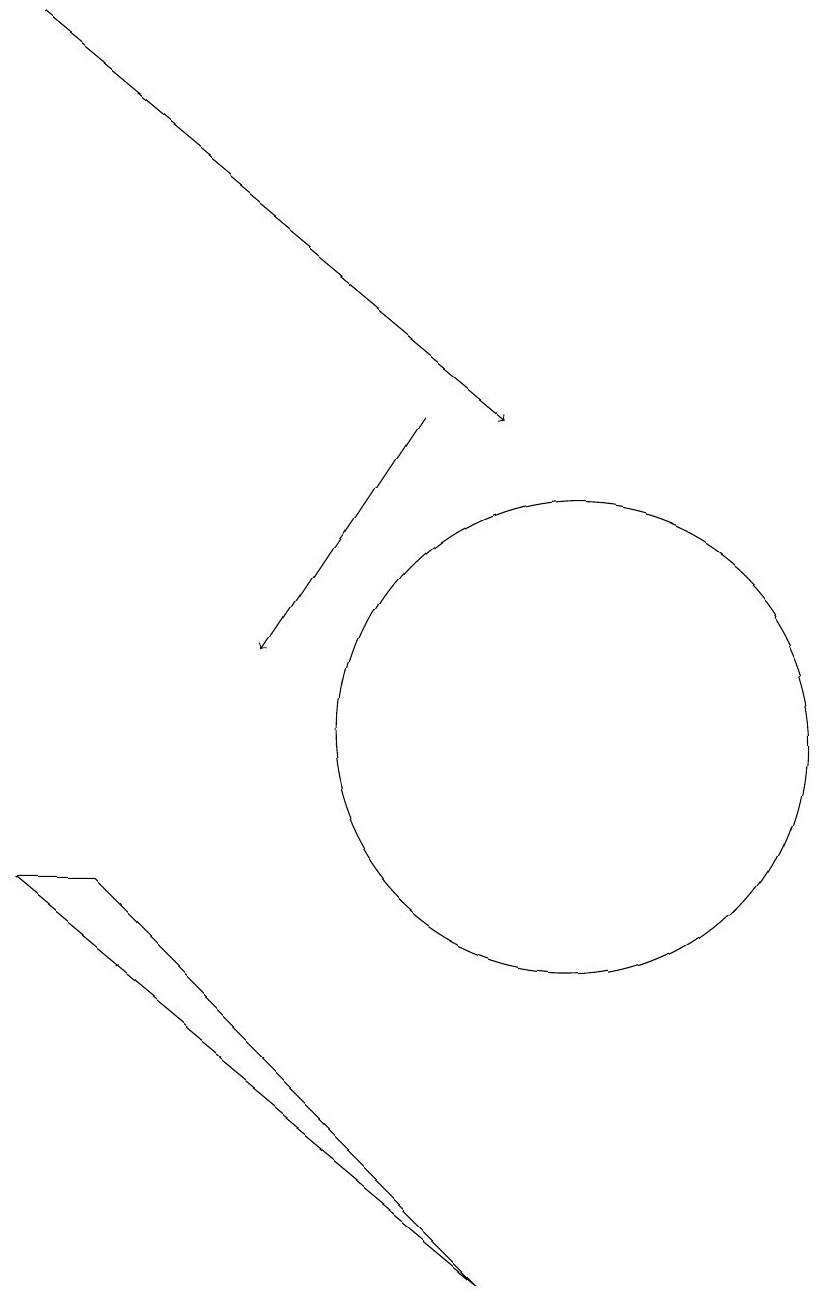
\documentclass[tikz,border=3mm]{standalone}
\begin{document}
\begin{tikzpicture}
\draw[->] (8,14) -- (6,11);
\draw[->] (3,19) -- (9,14);
\draw (10,10) circle (3);
\draw (9,3) -- (4,8) -- (3,8) -- cycle;
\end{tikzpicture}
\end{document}